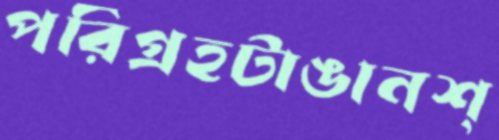
পরিগ্রহটাঙানশ্